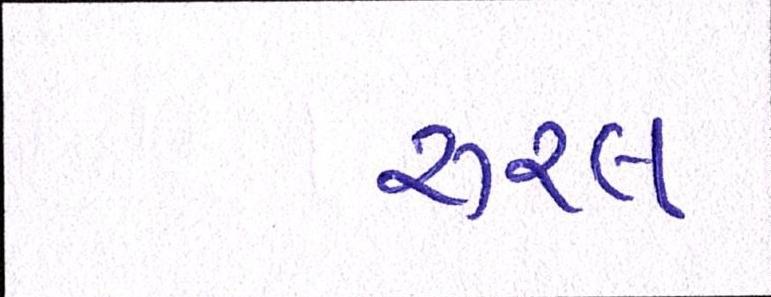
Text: રૂરલ